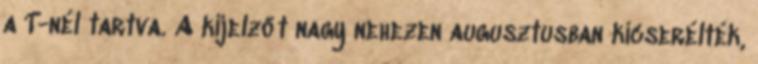
a T-nél tartva. A kijelzőt nagy nehezen augusztusban kicserélték,